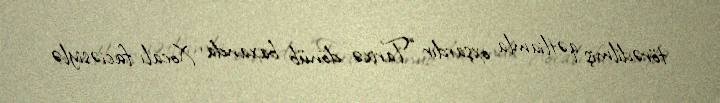
törədilmiş qətliamla oxşardır: “Tarixə dönüb baxanda Xocalı faciəsiylə